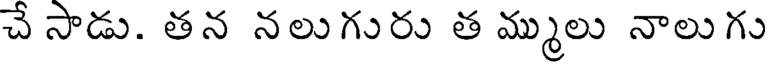
చే సాడు. తన నలుగురు త మ్ములు నాలుగు